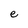
Character: e